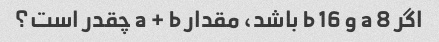
اگر a 8 و b 16 باشد، مقدار a + b چقدر است؟